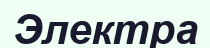
Электра